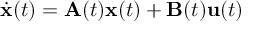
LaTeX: { \dot { \mathbf { x } } } ( t ) = \mathbf { A } ( t ) \mathbf { x } ( t ) + \mathbf { B } ( t ) \mathbf { u } ( t )